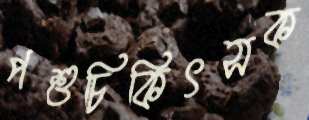
পশুচিকিৎসক